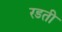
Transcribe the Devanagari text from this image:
रडती